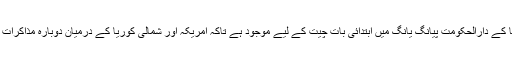
جنوبی کوریا کا یہ وفد شمالی کوریا کے دارالحکومت پیانگ یانگ میں ابتدائی بات چیت کے لیے موجود ہے تاکہ امریکہ اور شمالی کوریا کے درمیان دوبارہ مذاکرات کے امکانات کا جائزہ لیا جا سکے۔